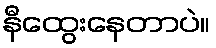
နီထွေးနေတာပဲ။